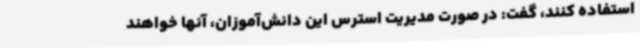
استفاده کنند، گفت: در صورت مدیریت استرس این دانش‌آموزان، آنها خواهند